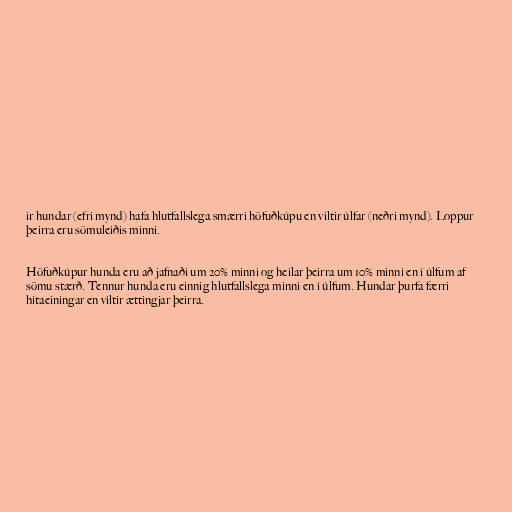
ir hundar (efri mynd) hafa hlutfallslega smærri höfuðkúpu en viltir úlfar (neðri mynd). Loppur
þeirra eru sömuleiðis minni.

Höfuðkúpur hunda eru að jafnaði um 20% minni og heilar þeirra um 10% minni en í úlfum af
sömu stærð. Tennur hunda eru einnig hlutfallslega minni en í úlfum. Hundar þurfa færri
hitaeiningar en viltir ættingjar þeirra.